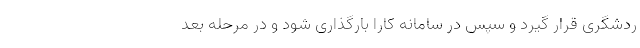
ردشگری قرار گیرد و سپس در سامانه کارا بارگذاری شود و در مرحله بعد